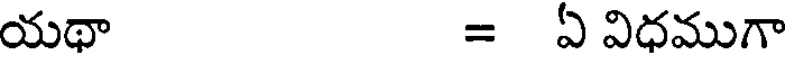
యథా = ఏ విధముగా